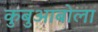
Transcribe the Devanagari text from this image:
कुबुआबोला